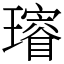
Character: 𤪓